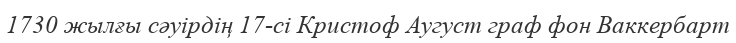
1730 жылғы сәуірдің 17-сі Кристоф Аугуст граф фон Ваккербарт